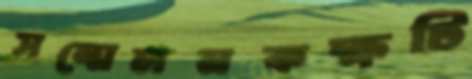
সম্মেলনকক্ষটি